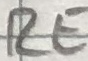
Text: RE